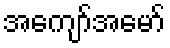
အကျော်အမော်